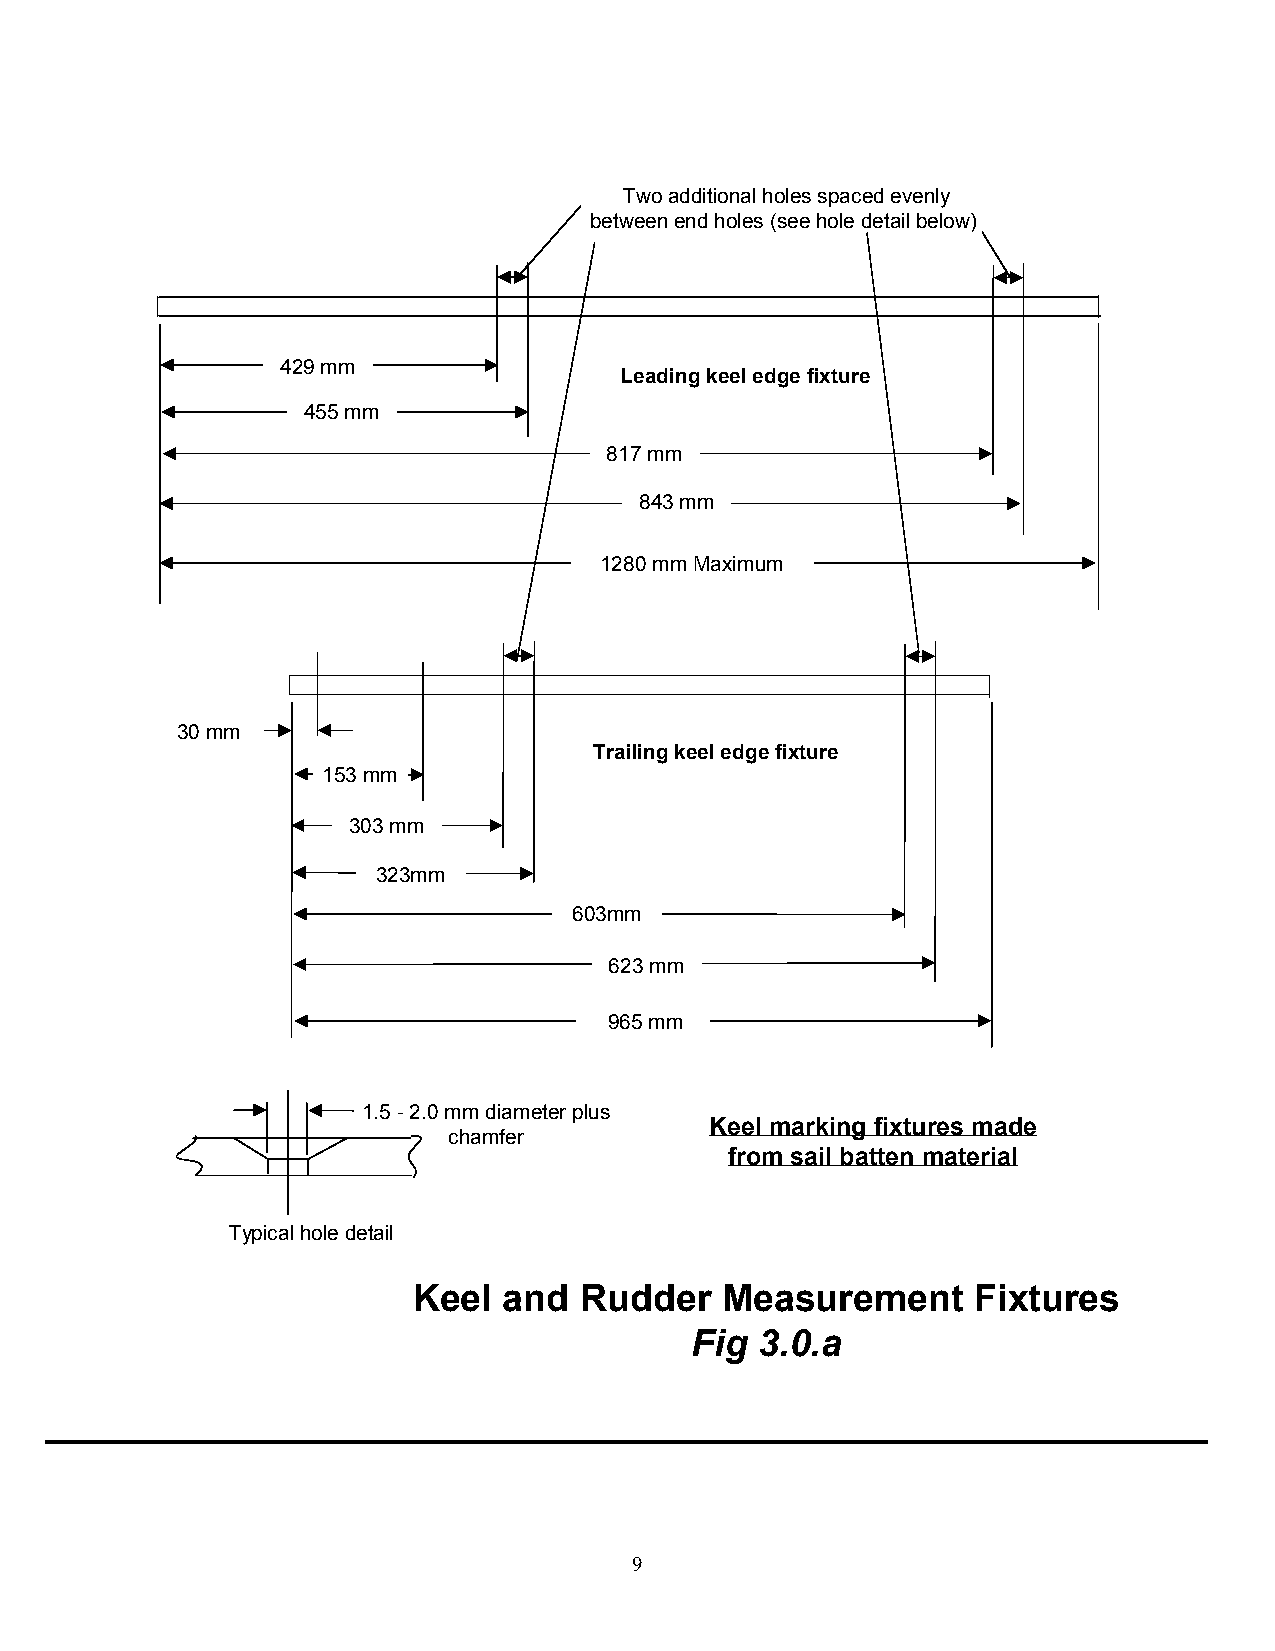
Two additional holes spaced evenly
 between end holes (see hole detail below)
 429 mm
 Leading keel edge fixture
 455 mm
 817 mm
 843 mm
 1280 mm Maximum
 30 mm
 Trailing keel edge fixture
 153 mm
 303 mm
 323mm
 603mm
 623 mm
 965 mm
 1.5 - 2.0 mm diameter plus
 Keel marking fixtures made
 chamfer
 from sail batten material
 Typical hole detail
 Keel  and  Rudder    Measurement     Fixtures
 Fig 3.0.a
 9